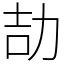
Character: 劼